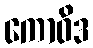
ကောဝိဒ